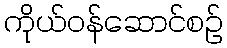
ကိုယ်ဝန်ဆောင်စဉ်